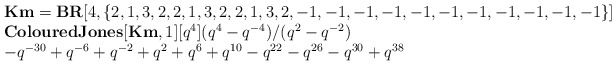
\begin{align*}\begin{array}{l}\textbf{Km} = \textbf{BR}[4,\{ 2,1,3,2,2,1,3,2,2,1,3,2, -1,-1,-1,-1,-1,-1,-1,-1,-1,-1,-1\}]\\\textbf{ColouredJones}[\textbf{Km},1][q^4](q^4-q^{-4})/(q^2-q^{-2})\\-q^{-30}+q^{-6}+q^{-2}+q^2+q^6+q^{10}-q^{22}-q^{26}-q^{30}+q^{38}\end{array}\end{align*}